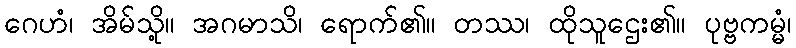
ဂေဟံ၊ အိမ်သို့။ အဂမာသိ၊ ရောက်၏။ တဿ၊ ထိုသူဌေး၏။ ပုဗ္ဗကမ္မံ၊